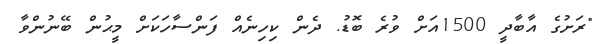
"ރަށުގެ އާބާދީ 1500އަށް ވުރެ ބޮޑު. ދެން ކިހިނެއް ފަންސާހަކަށް މީޙުން ބޭނުންވާ